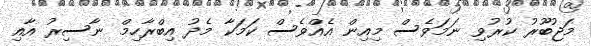
މަޖުބޫރު ކުރުވި ނަމަވެސް މިއިން އެއްވެސް ކަމަކާ މެދު އިބްރާހިމް ނާސިރު އާއި